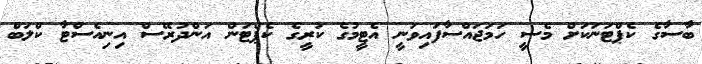
ބާސާގެ ކެޕްޓަނަކަށް މެސީ ހަމަޖައްސާފައިވަނީ އެޓީމުގެ ކުރީގެ ކެޕްޓަން އަންދުރޭސް އިނިއެސްޓާ ކްލަބް